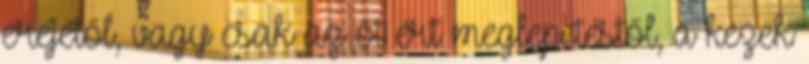
erejétől, vagy csak az őt ért meglepetéstől, a kezek